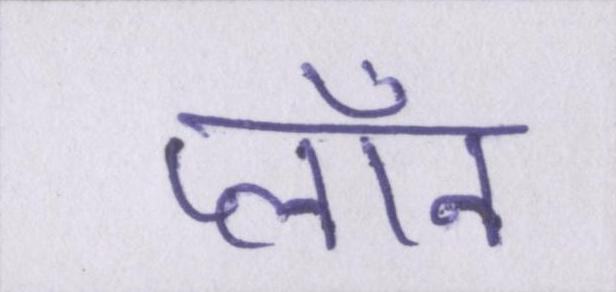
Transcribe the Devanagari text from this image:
प्लॉन